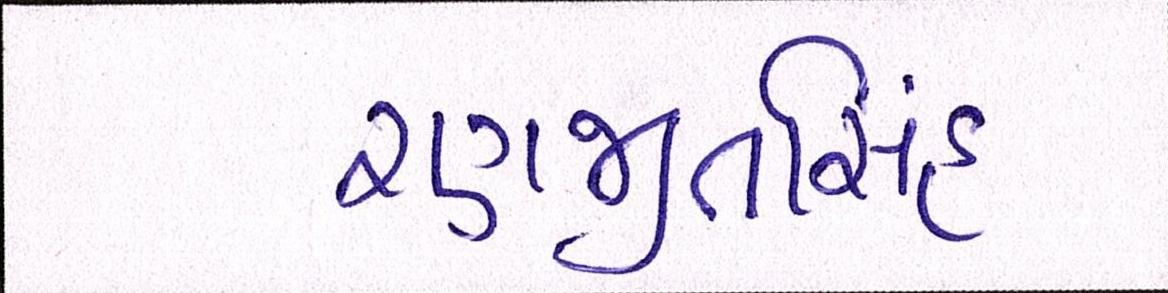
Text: રણજીતસિંહ